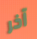
آخر